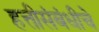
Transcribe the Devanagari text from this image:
हत्तीसंबंधीचे